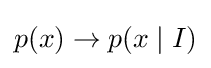
p(x)\to p(x\mid I)